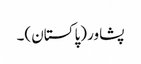
پشاو‏ر (پاکستان)۔